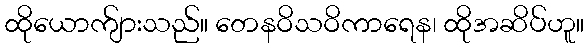
ထိုယောက်ျားသည်။ တေနဝိသဝိကာရေန၊ ထိုအဆိပ်ဟူ။